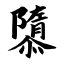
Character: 隳